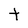
Character: t